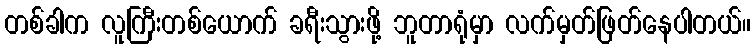
တစ်ခါက လူကြီးတစ်ယောက် ခရီးသွားဖို့ ဘူတာရုံမှာ လက်မှတ်ဖြတ်နေပါတယ်။